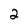
Character: 2